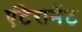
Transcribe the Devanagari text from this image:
एंटेरामेंट